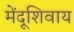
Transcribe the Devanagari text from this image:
मेंदूशिवाय